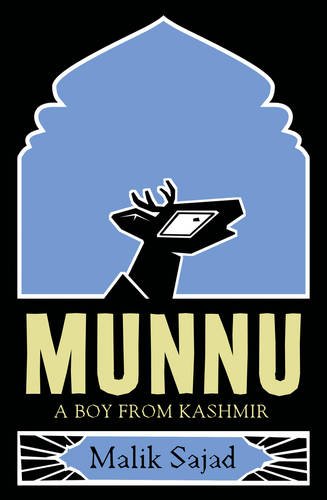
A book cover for Munnu: A Boy From Kashmir; Malik Sajad; Comics & Graphic Novels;